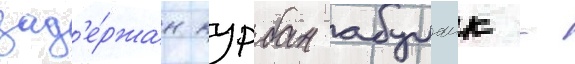
зад'е́ржан курбан абулаик -